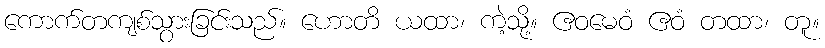
ကောက်တကျစ်သွားခြင်းသည်။ ဟောတိ ယထာ၊ ကဲ့သို့။ ဧဝမေဝံ ဧဝံ တထာ၊ တူ။